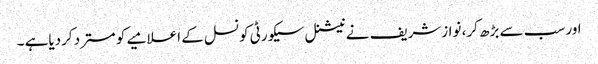
اور سب سے بڑھ کر، نوازشریف نے نیشنل سیکورٹی کونسل کے اعلامیے کو مسترد کردیاہے ۔